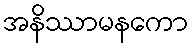
အနိဿာမနကော